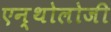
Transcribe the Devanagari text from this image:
एन्थोलोजी